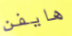
هايفن